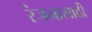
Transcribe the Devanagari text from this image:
रंजनासाठी